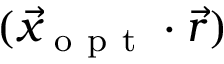
( \Vec { x } _ { \mathrm { ~ o ~ p ~ t ~ } } \cdot \vec { r } )